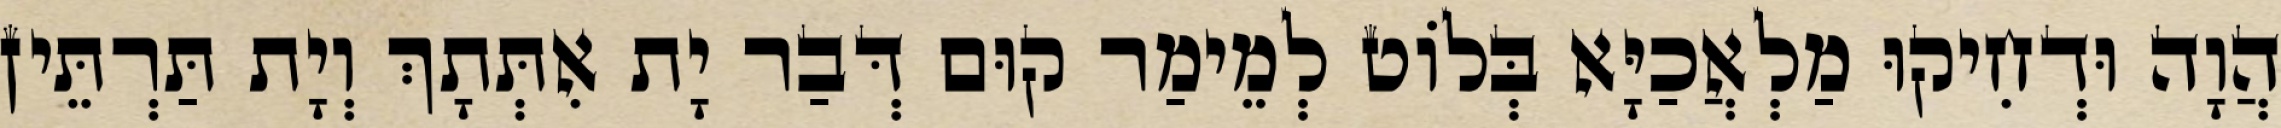
הֲוָה וּדְחִיקוּ מַלְאֲכַיָּא בְּלוֹט לְמֵימַר קוּם דְּבַר יָת אִתְּתָךְ וְיָת תַּרְתֵּין